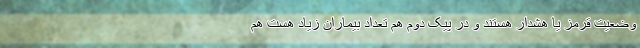
وضعیت قرمز یا هشدار هستند و در پیک دوم هم تعداد بیماران زیاد هست هم